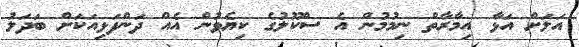
އަލަށް އަޅާ އިމާރާތް ނިމުމުން އެ ސްކޫލުގެ ކިޔެވުން އެއް ދަންފަޅިއަކަށް ބަދަލު